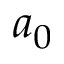
a _ { 0 }